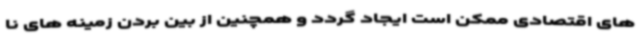
های اقتصادی ممکن است ایجاد گردد و همچنین از بین بردن زمینه های نا